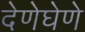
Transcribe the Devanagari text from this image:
देणेघेणे